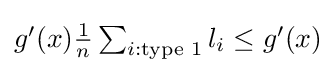
{\textstyle g'(x){\frac {1}{n}}\sum _{i:{\text{type 1}}}l_{i}\leq g'(x)}